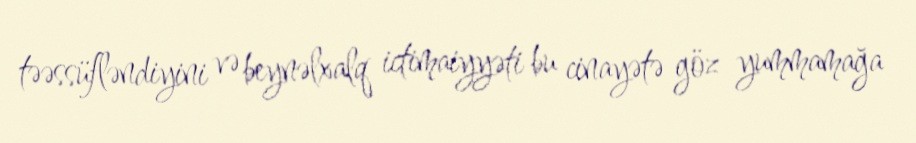
təəssüfləndiyini və beynəlxalq ictimaiyyəti bu cinayətə göz yummamağa